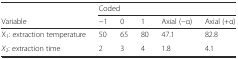
<table><thead><tr><td></td><td colspan="5"><b>Coded</b></td></tr><tr><td><b>Variable</b></td><td><b>−1</b></td><td><b>0</b></td><td><b>1</b></td><td><b>Axial (−α)</b></td><td><b>Axial (+α)</b></td></tr></thead><tbody><tr><td>X<sub>1</sub>: extraction temperature</td><td>50</td><td>65</td><td>80</td><td>47.1</td><td>82.8</td></tr><tr><td><i>X</i><sub>2</sub>: extraction time</td><td>2</td><td>3</td><td>4</td><td>1.8</td><td>4.1</td></tr></tbody></table>